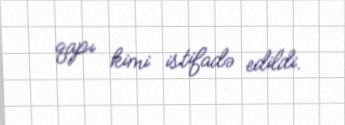
qapı kimi istifadə edildi.